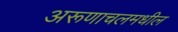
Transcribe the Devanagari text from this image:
अरूणाचलमधील